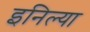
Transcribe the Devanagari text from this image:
इनिल्या